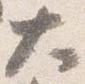
大